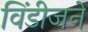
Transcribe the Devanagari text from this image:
विंडीजने